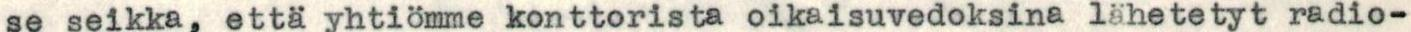
se seikka, että yhtiömme konttorista oikaisuvedoksina lähetetyt radio-